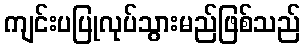
ကျင်းပပြုလုပ်သွားမည်ဖြစ်သည်